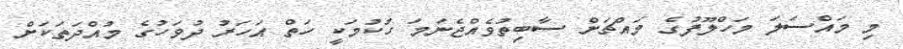
މި މައްސަލަ މަހްލޫފުގެ މައްޗަށް ސާބިތުވެއްޖެނަމަ ހުކުމަކީ ހަތް އަހަރު ދުވަހުގެ މުއްދަތަކަށް